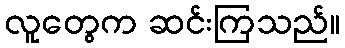
လူတွေက ဆင်းကြသည်။